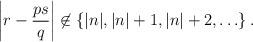
LaTeX: \begin{align*}\left|r-\frac{ps}{q}\right|\not\in\{|n|,|n|+1,|n|+2,\ldots\}\,. \end{align*}